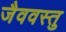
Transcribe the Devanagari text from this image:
जैववस्तु